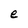
Character: e